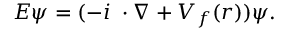
E \psi = ( - i { \bf \alpha } \cdot \nabla + V _ { f } ( r ) ) \psi .